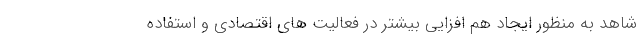
شاهد به منظور ایجاد هم افزایی بیشتر در فعالیت های اقتصادی و استفاده